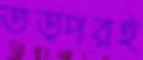
তত্পরই